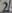
Text: 2